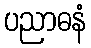
ပညာဓနံ